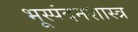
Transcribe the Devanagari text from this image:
भूस्पंदनशास्त्र